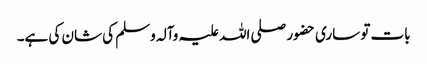
بات تو ساری حضور صلی اللہ علیہ وآلہ وسلم کی شان کی ہے۔